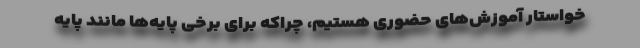
خواستار آموزش‌های حضوری هستیم، چراکه برای برخی پایه‌ها مانند پایه